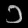
Digit: ၁